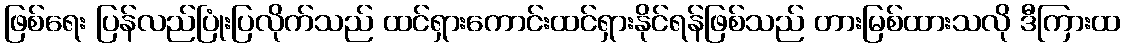
ဖြစ်ရေး ပြန်လည်ပြုံးပြလိုက်သည် ထင်ရှားကောင်းထင်ရှားနိုင်ရန်ဖြစ်သည် တားမြစ်ထားသလို ဒီကြားထ